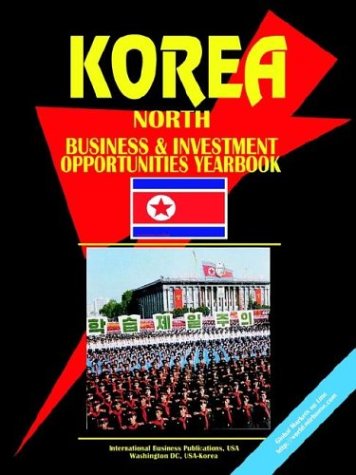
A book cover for Korea North Business and Investment Opportunities Yearbook; Ibp Usa; Travel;